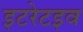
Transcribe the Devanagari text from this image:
इटरेटइव